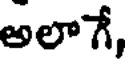
అలాగే,